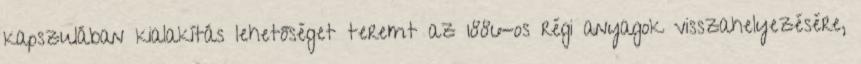
kapszulában kialakítás lehetőséget teremt az 1886-os régi anyagok visszahelyezésére,